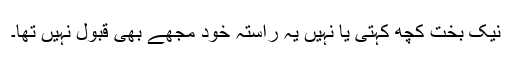
نیک بخت کچھ کہتی یا نہیں یہ راستہ خود مجھے بھی قبول نہیں تھا۔